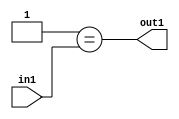
`timescale 1ps / 1ps
/*****************************************************************************
    Verilog RTL Description
    
    
    Created by: Stratus DpOpt 21.05.01 
*******************************************************************************/

module dut_Equal_1U_6_1 (
	in1,
	out1
	); /* architecture "behavioural" */ 
input [2:0] in1;
output  out1;
wire  asc001;

assign asc001 = (8'B00000001==in1);

assign out1 = asc001;
endmodule

/* CADENCE  urjwSws= : u9/ySxbfrwZIxEzHVQQV8Q== ** DO NOT EDIT THIS LINE ******/